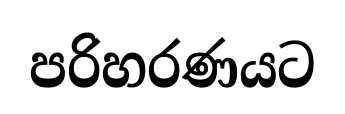
පරිහරණයට